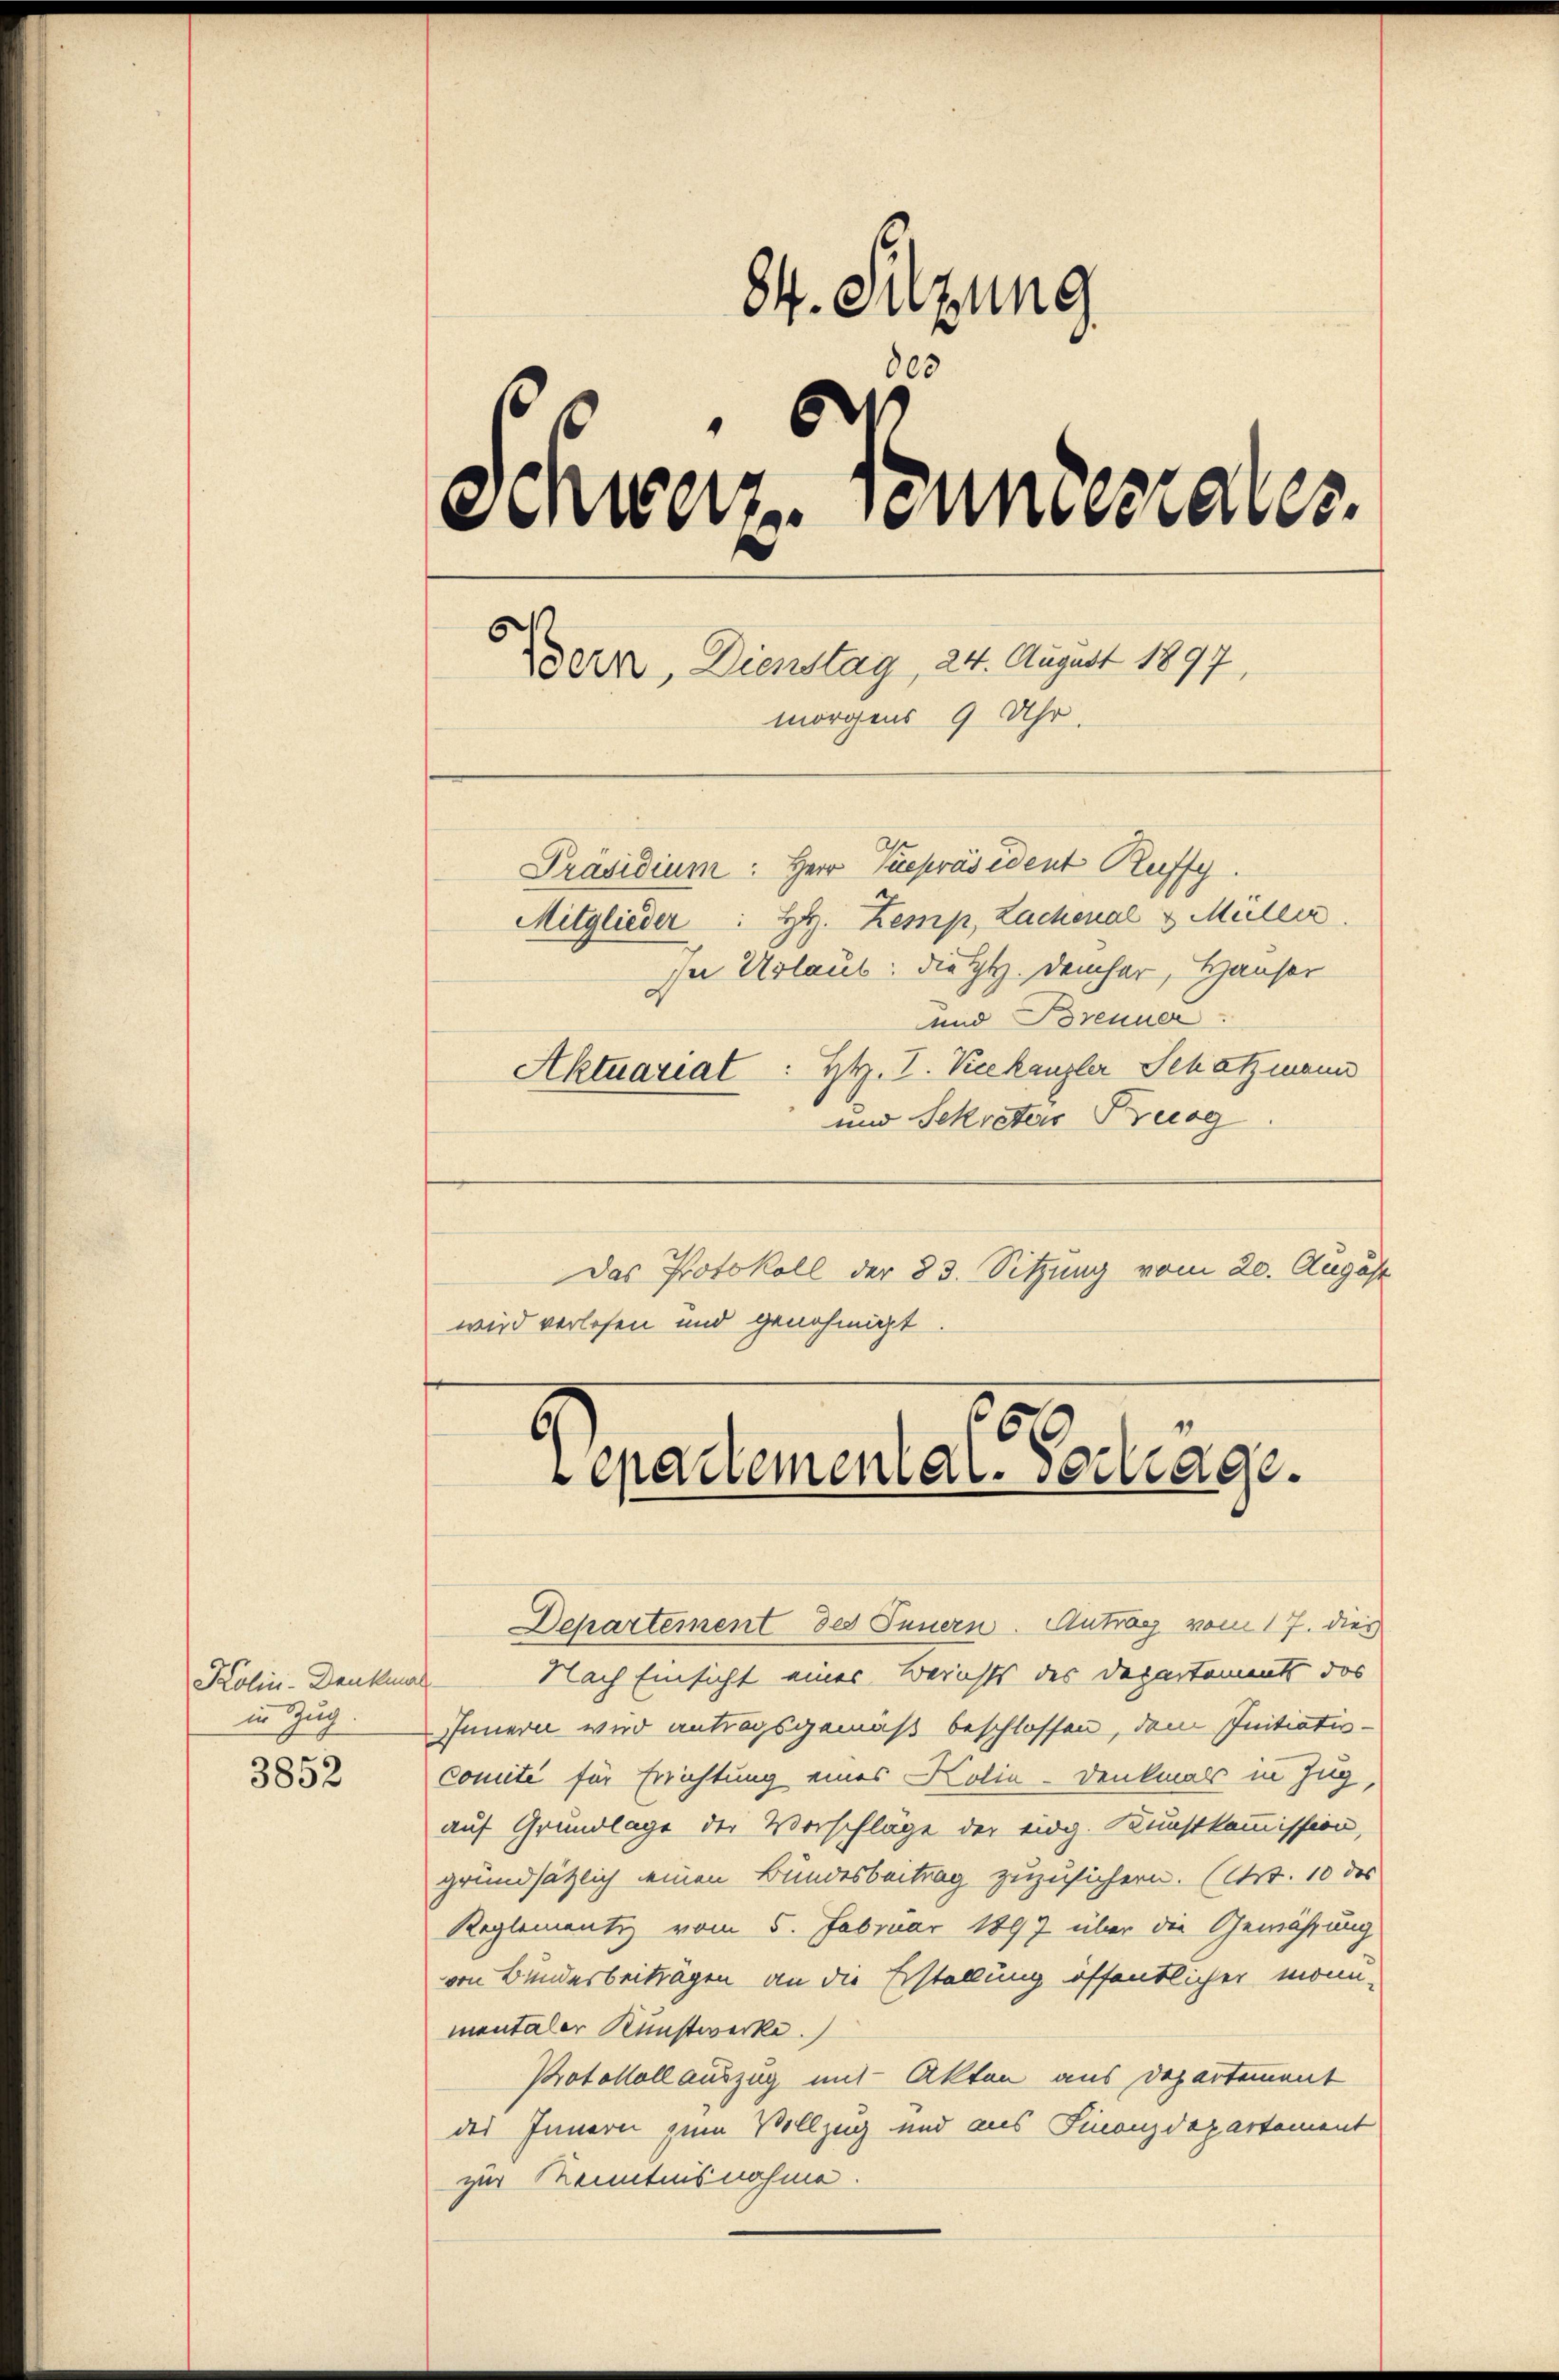
Kolini-Denkma
in Zug.

3852

84. Sitzung
63
6
Schweiz. Sonntestabes.
E
oeter, Dienstag, 24. August 1897,
morgens 9 Uhr.
Präsidium: Herr Vicepräsident Ruffy
Mitglieder H. Zemp, Lachenal & Müller
In Urlaub. Die H. Demhar, Hauser
und Brenner.
Aktuariat : H. I. Keekanzler Schatzmann

6
epademental. vertrage.

und Sekreters Prog
Das Protokoll der 83. Sitzung vom 20. August
wird verlesen und genehmigt.
Departement des Innern. Antrag vom 17. dies
Nach Einsicht eines Berichts des Departements das
Innern wird antragsgemäß beschlossen, dem Initiativ-
comité für Errichtung eines Kolia-Denkmals in Zug,
auf Grundlage der Vorschlage der eidg. Kunstkommission,
grundsätzlich einen Bundesbeitrag zuzusichern. (S. 10 des
Reglementiz vom 5. Februar 1897 über die Gewährung
von Bundesbeitragen an die Erstellung öffentlicher monu-
mentaler Kunstwerke.
Protokoll auszug mit Akten aus Departement
des Innern zum Vollzug und aus Finanzdepartement
zur Kenntnisnahme.